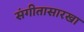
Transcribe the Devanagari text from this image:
संगीतासारखा